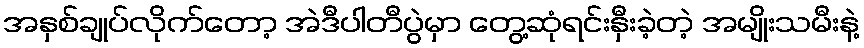
အနှစ်ချုပ်လိုက်တော့ အဲဒီပါတီပွဲမှာ တွေ့ဆုံရင်းနှီးခဲ့တဲ့ အမျိုးသမီးနဲ့